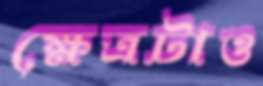
ক্ষেত্রটাও